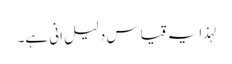
لہذا یہ قیاس دلیلِ انی ہے۔